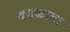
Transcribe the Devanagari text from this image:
वगळावा